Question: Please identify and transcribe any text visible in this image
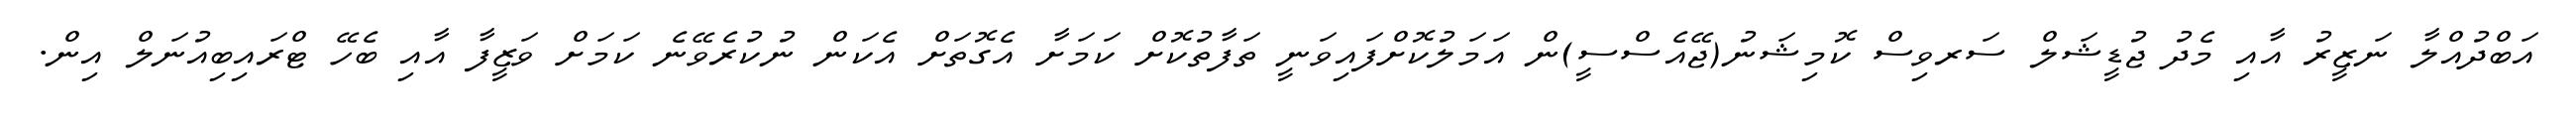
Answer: އަބްދުއްލާ ނަޒީރު އާއި މެދު ޖުޑީޝަލް ސަރވިސް ކޮމިޝަނު(ޖޭއެސްސީ)ން އަމަލުކޮށްފައިވަނީ ތަފާތުކޮށް ކަމަށާ އެގޮތަށް އެކަން ނުކުރެވޭނެ ކަމަށް ވަޒީފާ އާއި ބެހޭ ޓްރައިބިއުނަލް އިން.